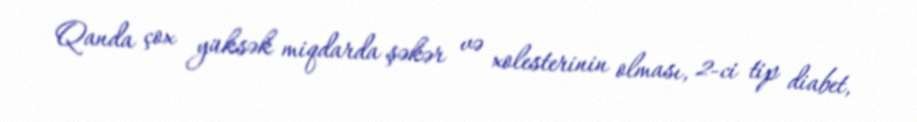
Qanda çox yüksək miqdarda şəkər və xolesterinin olması, 2-ci tip diabet,